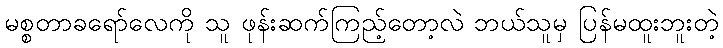
မစ္စတာခရော်လေကို သူ ဖုန်းဆက်ကြည့်တော့လဲ ဘယ်သူမှ ပြန်မထူးဘူးတဲ့